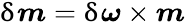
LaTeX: \updelta{\boldsymbol{m}}=\updelta{\boldsymbol{\omega}}\times{\boldsymbol{m}}